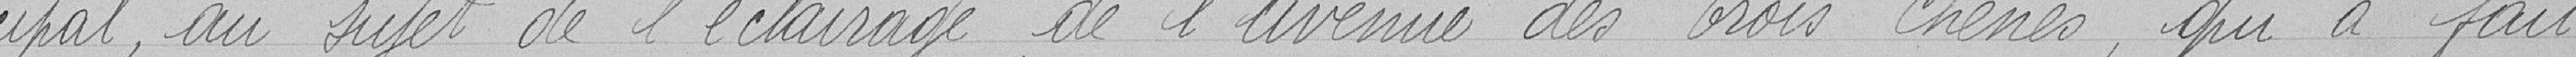
cipal, au sujet de l'éclairage de l'Avenue des Trois Chênes, qui a fait